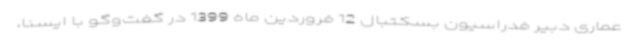
عماری دبیر فدراسیون بسکتبال 12 فروردین ماه 1399 در گفت‌وگو با ایسنا،